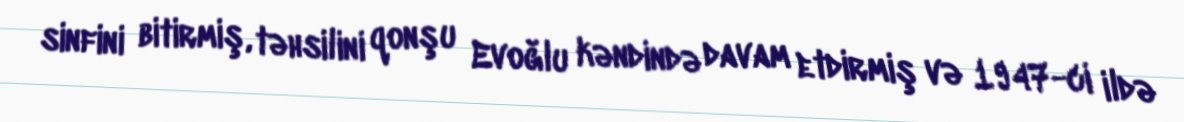
sinfini bitirmiş, təhsilini qonşu Evoğlu kəndində davam etdirmiş və 1947-ci ildə